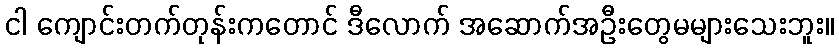
ငါ ကျောင်းတက်တုန်းကတောင် ဒီလောက် အဆောက်အဦးတွေမများသေးဘူး။